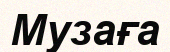
Музаға